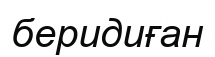
беридиған